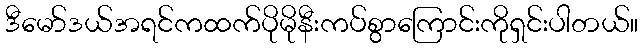
ဒီမော်ဒယ်အရင်ကထက်ပိုမိုနီးကပ်စွာကြောင်းကိုရှင်းပါတယ်။